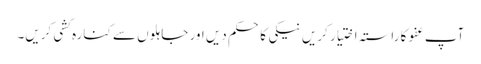
آپ عفو کا راستہ اختیار کریں نیکی کا حکم دیں اور جاہلوں سے کنارہ کشی کریں۔